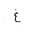
Letter: _gayn